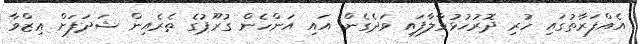
އެއްފަރާތުގައި ހުރި ދޮރުހުޅުވާލާފައި ވަދެގެން އައި އަންހެން ގުރޫޕުގެ ތެރެއިން ޝަދަފަށް ޢިޒްވާ